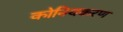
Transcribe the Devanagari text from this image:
कोनियकरण